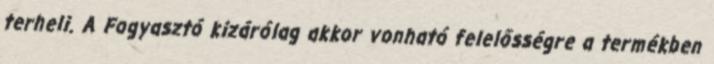
terheli. A Fogyasztó kizárólag akkor vonható felelősségre a termékben